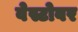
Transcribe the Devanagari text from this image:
वेस्टोवर